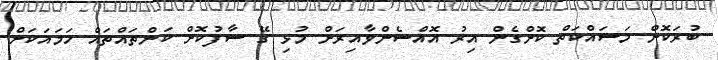
ބުރަކޮށް މަސައްކަތް ކޮށްގެން އިރު އޮއްސެންވާއިރަށް މުޅި ގޭ ސާފުކޮށް ކަންތައްތައް ހަމައަކަށް